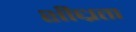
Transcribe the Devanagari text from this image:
शीध्रता